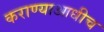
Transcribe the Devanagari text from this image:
कराण्याआधीच